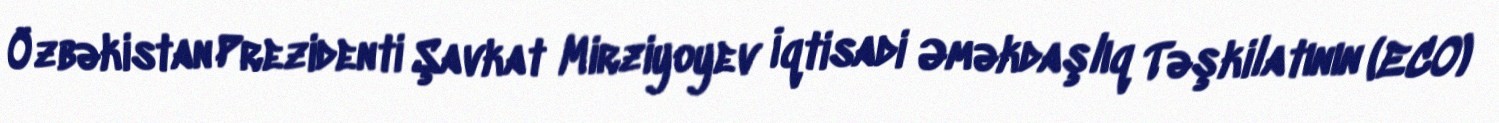
Özbəkistan Prezidenti Şavkat Mirziyoyev İqtisadi Əməkdaşlıq Təşkilatının (ECO)